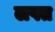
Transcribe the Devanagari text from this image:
लपत